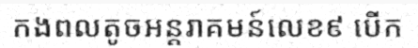
កងពលតូចអន្តរាគមន៍លេខ៩ បើក